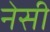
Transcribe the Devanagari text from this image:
नेसी